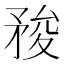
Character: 𥍬